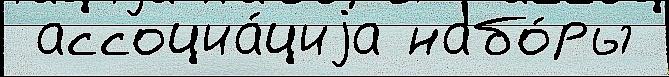
 ассоциа́циjа набо́ры